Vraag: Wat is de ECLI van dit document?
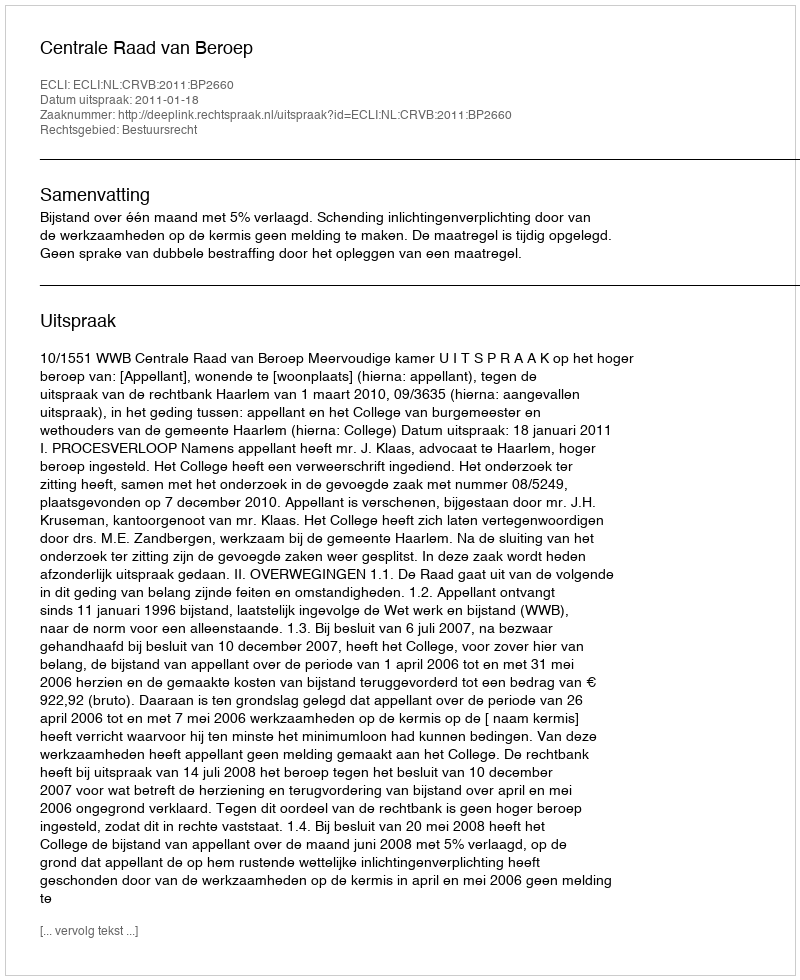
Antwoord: ECLI:NL:CRVB:2011:BP2660